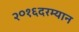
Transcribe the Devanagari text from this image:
२०१६दरम्यान